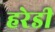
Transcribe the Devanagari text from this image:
हरेडी